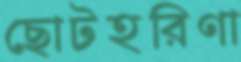
ছোটহরিণা